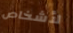
لأشخاص